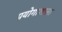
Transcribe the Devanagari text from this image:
प्रयोगाशाला